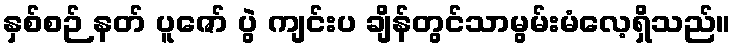
နှစ်စဉ် နတ် ပူဇော် ပွဲ ကျင်းပ ချိန်တွင်သာမွမ်းမံလေ့ရှိသည်။